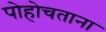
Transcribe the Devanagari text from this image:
पोहोचताना